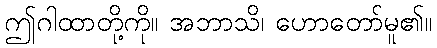
ဤဂါထာတို့ကို။ အဘာသိ၊ ဟောတော်မူ၏။